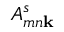
A _ { m n \bf { k } } ^ { s }